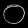
Digit: ၀